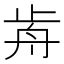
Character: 歬